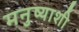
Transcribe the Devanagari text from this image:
मनुष्याशी